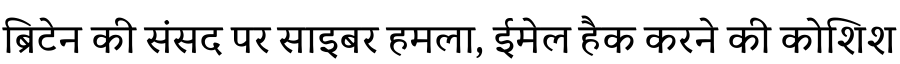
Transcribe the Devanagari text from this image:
ब्रिटेन की संसद पर साइबर हमला, ईमेल हैक करने की कोशिश